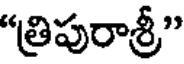
"త్రిపురాశ్రీ"